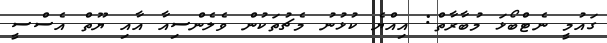
ގައުމީ ނެޓްބޯޅަ މުބާރާތް: އިއްޔެ ކުޅުނު މެޗުތަކުން ވެލެންސިއާ އާއި ޔޫތް އެސްސީ